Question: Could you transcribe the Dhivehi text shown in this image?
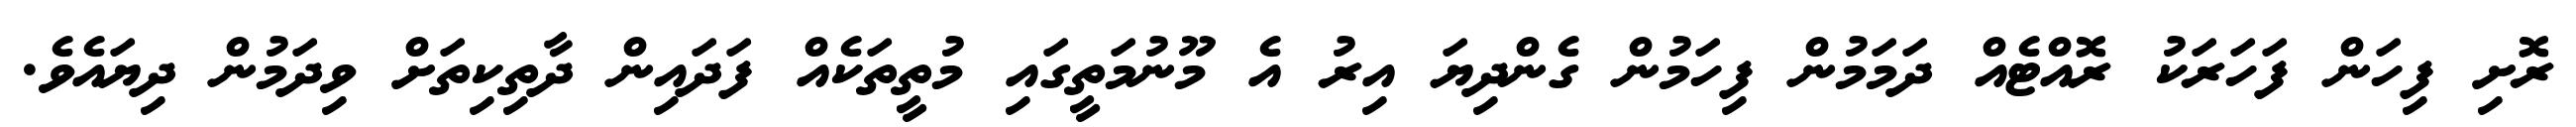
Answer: ރޮށި ފިހަން ފަހަރަކު ރޮއްޓެއް ދަމަމުން ފިހަމުން ގެންދިޔަ އިރު އެ މޫނުމަތީގައި މުތީތަކެއް ފަދައިން ދާތިކިތަށް ވިދަމުން ދިޔައެވެ.